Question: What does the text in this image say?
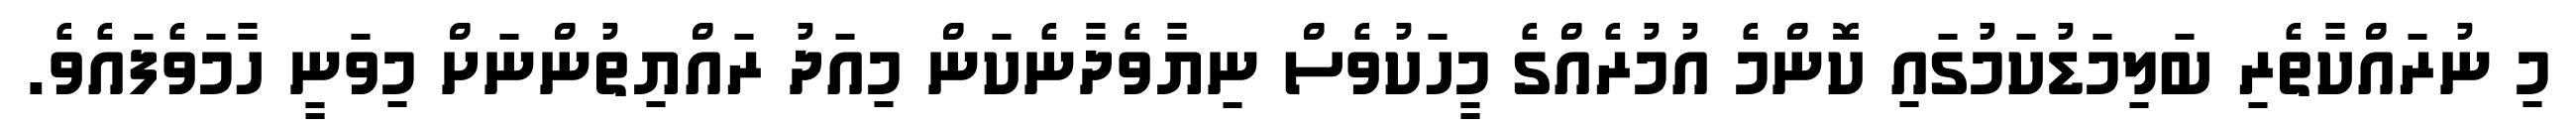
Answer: މި ނުރައްކާތެރި ބަލިމަޑުކަމުގައި ކޮންމެ އުމުރެއްގެ މީހަކުވެސް ނިޔާވެދާނެކަން މިއަދު ރައްޔިތުންނަށް މިވަނީ ހާމަވެފައެވެ.